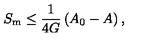
S _ { \mathrm { m } } \le \frac { 1 } { 4 G } \left( A _ { 0 } - A \right) ,